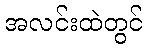
အလင်းထဲတွင်